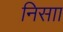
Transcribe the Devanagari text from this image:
निसाा